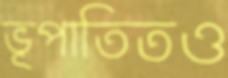
ভূপাতিতও